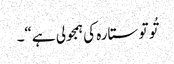
تُو تو ستارہ کی ہمجولی ہے“۔